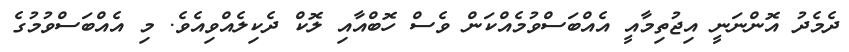
ދެމެދު އޮންނަނީ އިޖުތިމާއީ އެއްބަސްވުމެއްކަން ވެސް ހޮބްއާއި ލޮކް ދެކިލެއްވިއެވެ. މި އެއްބަސްވުމުގެ